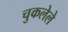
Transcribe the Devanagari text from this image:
चुकलेले